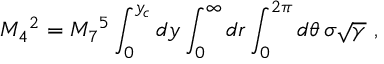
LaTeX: M _ { 4 } { } ^ { 2 } = M _ { 7 } { } ^ { 5 } \int _ { 0 } ^ { y _ { c } } d y \int _ { 0 } ^ { \infty } d r \int _ { 0 } ^ { 2 \pi } d \theta \, \sigma \sqrt { \gamma } ~ ,